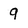
Character: 9